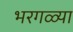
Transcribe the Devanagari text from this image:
भरगळ्या